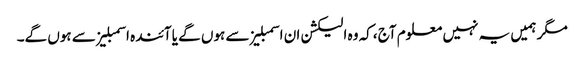
مگر ہمیں یہ نہیں معلوم آج ،کہ وہ الیکشن ان اسمبلیز سے ہوں گے یا آئندہ اسمبلیز سے ہوں گے۔